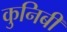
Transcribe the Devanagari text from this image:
कुनिबी